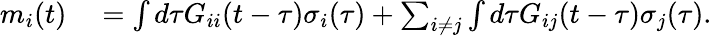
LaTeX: \begin{array}{rl}{m_{i}(t)}&{{}=\int d\tau G_{ii}(t-\tau)\sigma_{i}(\tau)+\sum_{i\neq j}\int d\tau G_{ij}(t-\tau)\sigma_{j}(\tau).}\end{array}